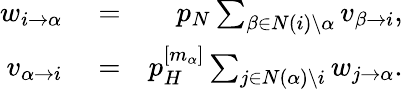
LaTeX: \begin{array}{rlr}{w_{i\to\alpha}}&{{}=}&{p_{N}\sum_{\beta\in N(i)\setminus\alpha}v_{\beta\to i},}\\ {v_{\alpha\to i}}&{{}=}&{p_{H}^{[m_{\alpha}]}\sum_{j\in N(\alpha)\setminus i}w_{j\to\alpha}.}\end{array}